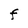
Character: F